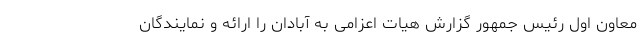
معاون اول رئیس جمهور گزارش هیات اعزامی به آبادان را ارائه و نمایندگان